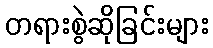
တရားစွဲဆိုခြင်းများ